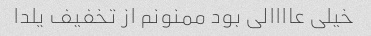
خیلی عاااالی بود ممنونم از تخفیف یلدا